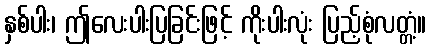
နှစ်ပါး၊ ဤလေးပါးပြခြင်းဖြင့် ကိုးပါးလုံး ပြည့်စုံလတ္တံ့။